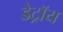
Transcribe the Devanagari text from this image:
डेट्रॉय